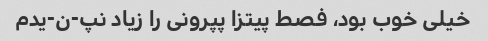
خیلی خوب بود، فصط پیتزا پپرونی را زیاد نپ-ن-یدم